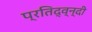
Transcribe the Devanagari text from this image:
प्रतिद्व्न्दी